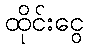
ထိုင်းငွေ